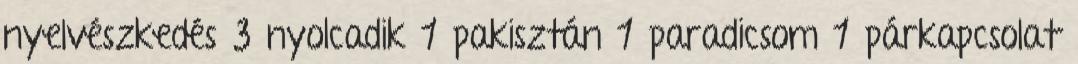
nyelvészkedés 3 nyolcadik 1 pakisztán 1 paradicsom 1 párkapcsolat